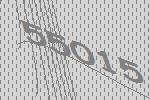
55015